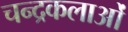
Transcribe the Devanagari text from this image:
चन्द्रकलाओं